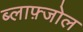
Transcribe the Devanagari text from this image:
ब्लाफ़्जोल